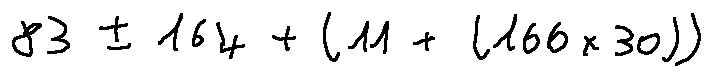
8 3 \pm 1 6 4 + ( 1 1 + ( 1 6 6 \times 3 0 ) )